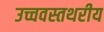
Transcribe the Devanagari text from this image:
उच्चवस्तथरीय